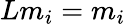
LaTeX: Lm_{i}=m_{i}